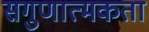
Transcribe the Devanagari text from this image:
सगुणात्मकता